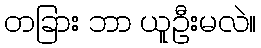
တခြား ဘာ ယူဦးမလဲ။